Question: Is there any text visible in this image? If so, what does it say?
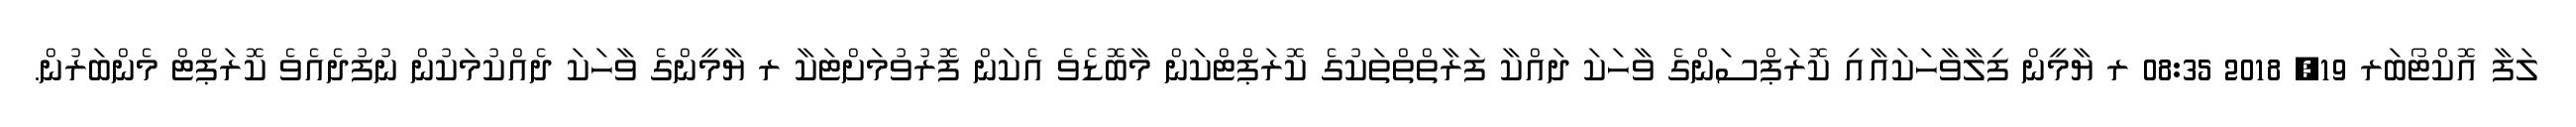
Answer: ލަފާ އޮކްޓޯބަރ 19, 2018 08:35 ރ ޔާމީން ފިލާވާހަކައާއި ކޮރަޕްސަންގެ ވާހަކަ ދައްކާ ފަރާތްތްތަކުގެ ކޮރަޕްޓްކަން މާބޮޑެވެ އެކަން ފޮރުވުމަށްޓަކާ ރ ޔާމީންގެ ވާހަކަ ދެއްކުމަކުން ނުފުދެއެވެ ކޮރަޕްޓް މެންބަރުން.